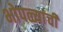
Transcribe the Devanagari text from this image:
भोपळ्यांची